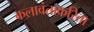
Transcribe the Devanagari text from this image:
कलावंताकरिता